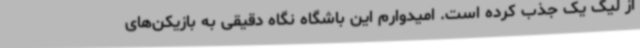
از لیگ یک جذب کرده است. امیدوارم این باشگاه نگاه دقیقی به بازیکن‌های